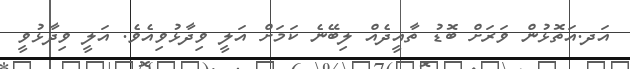
އަދ.އަތޮޅުން ވަރަށް ބޮޑު ތާއީދެއް ލިބޭނެ ކަމަށް އަލީ ވިދާޅުވިއެވެ. އަލީ ވިދާޅުވީ